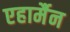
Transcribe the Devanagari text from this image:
एहार्मैन